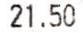
21.50